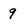
Character: 9